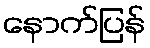
နောက်ပြန်